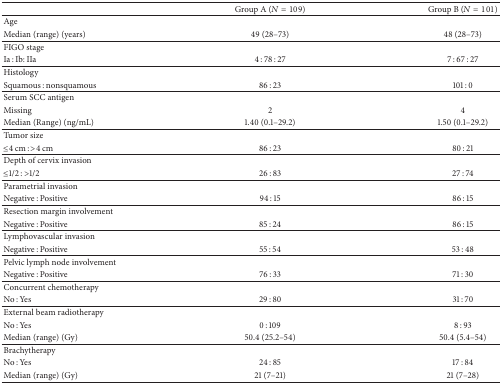
<table><thead><tr><td><b> </b></td><td><b>Group A (<i>N</i> = 109)</b></td><td><b>Group B (<i>N</i> = 101)</b></td></tr></thead><tbody><tr><td>Age</td><td> </td><td> </td></tr><tr><td>Median (range) (years)</td><td>49 (28–73)</td><td>48 (28–73)</td></tr><tr><td>FIGO stage</td><td> </td><td> </td></tr><tr><td>Ia : Ib: IIa</td><td>4 : 78 : 27</td><td>7 : 67 : 27</td></tr><tr><td>Histology</td><td> </td><td> </td></tr><tr><td>Squamous : nonsquamous</td><td>86 : 23</td><td>101 : 0</td></tr><tr><td>Serum SCC antigen</td><td> </td><td> </td></tr><tr><td>Missing</td><td>2</td><td>4</td></tr><tr><td>Median (Range) (ng/mL)</td><td>1.40 (0.1–29.2)</td><td>1.50 (0.1–29.2)</td></tr><tr><td>Tumor size</td><td> </td><td> </td></tr><tr><td>≤4 cm : &gt;4 cm</td><td>86 : 23</td><td>80 : 21</td></tr><tr><td>Depth of cervix invasion</td><td> </td><td> </td></tr><tr><td>≤1/2 : &gt;1/2</td><td>26 : 83</td><td>27 : 74</td></tr><tr><td>Parametrial invasion</td><td> </td><td> </td></tr><tr><td>Negative : Positive</td><td>94 : 15</td><td>86 : 15</td></tr><tr><td>Resection margin involvement</td><td> </td><td> </td></tr><tr><td>Negative : Positive</td><td>85 : 24</td><td>86 : 15</td></tr><tr><td>Lymphovascular invasion</td><td> </td><td> </td></tr><tr><td>Negative : Positive</td><td>55 : 54</td><td>53 : 48</td></tr><tr><td>Pelvic lymph node involvement</td><td> </td><td> </td></tr><tr><td>Negative : Positive</td><td>76 : 33</td><td>71 : 30</td></tr><tr><td>Concurrent chemotherapy</td><td> </td><td> </td></tr><tr><td>No : Yes</td><td>29 : 80</td><td>31 : 70</td></tr><tr><td>External beam radiotherapy</td><td> </td><td> </td></tr><tr><td>No : Yes</td><td>0 : 109</td><td>8 : 93</td></tr><tr><td>Median (range) (Gy)</td><td>50.4 (25.2–54)</td><td>50.4 (5.4–54)</td></tr><tr><td>Brachytherapy</td><td> </td><td> </td></tr><tr><td>No : Yes</td><td>24 : 85</td><td>17 : 84</td></tr><tr><td>Median (range) (Gy)</td><td>21 (7–21)</td><td>21 (7–28)</td></tr></tbody></table>